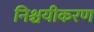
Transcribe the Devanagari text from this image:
निश्चयीकरण